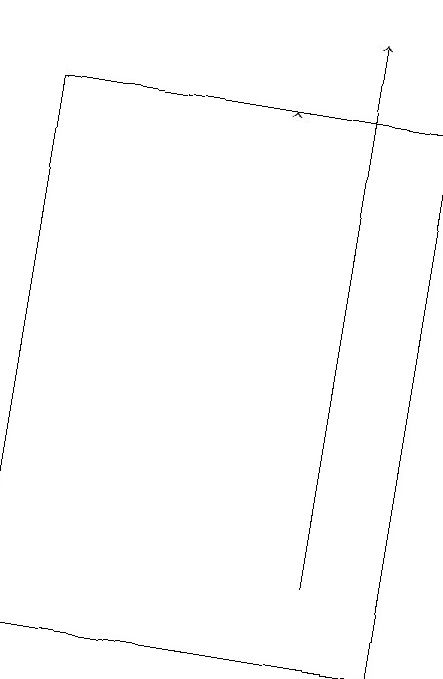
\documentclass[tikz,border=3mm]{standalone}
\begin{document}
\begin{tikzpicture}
\draw[->] (7,17) -- (7,17);
\draw[->] (8,11) -- (8,18);
\draw (9,10) rectangle (4,17);
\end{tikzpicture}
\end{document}